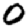
Digit: 0